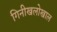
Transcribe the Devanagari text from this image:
गिनीखलोखाल